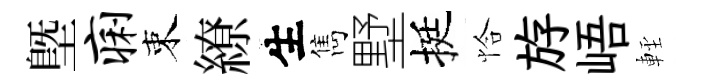
塈痢束繚生雋墅挺恰斿峿䡖